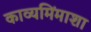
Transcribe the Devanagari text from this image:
काव्यमिंमाशा